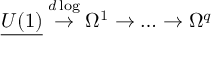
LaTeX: { \underline { { { U ( 1 ) } } } } \stackrel { d \log } { \to } \Omega ^ { 1 } \to \dots \to \Omega ^ { q }